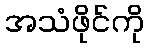
အသံဖိုင်ကို